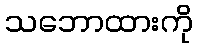
သဘောထားကို